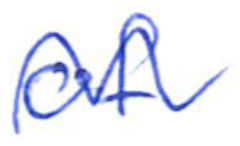
Text: of
Cross-out: wave
Writing tool: ballpoint